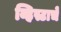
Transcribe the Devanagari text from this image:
व्हिस्टाचे